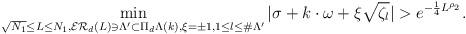
LaTeX: \begin{align*}\min_{\sqrt{N_1}\leq L\leq N_1, \mathcal{ER}_d(L)\ni\Lambda'\subset \Pi_d\Lambda(k), \xi=\pm1, 1\leq l\leq \#\Lambda'}|\sigma+k\cdot\omega+\xi\sqrt{\zeta_l}|>e^{-\frac 14 L^{\rho_2}}.\end{align*}